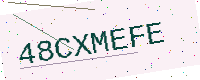
Text: 48CXMEFE